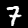
Label: 7